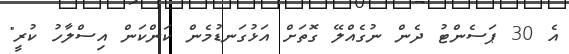
އެ 30 ޕަސެންޓު ދެން ނުގެއްލޭ ގޮތަށް އަޅުގަނޑުމެން ކަންކަން އިސްލާހު ކުރީ"